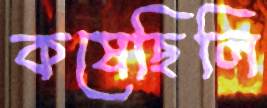
কষেছিলি